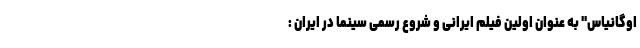
اوگانیاس" به عنوان اولین فیلم ایرانی و شروع رسمی سینما در ایران :